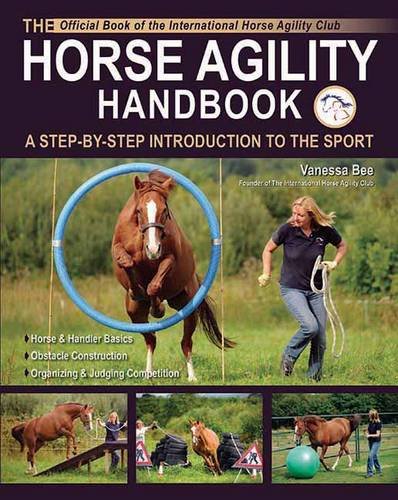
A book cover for The Horse Agility Handbook: A Step-By-Step Introduction to the Sport; Vanessa Bee; Crafts, Hobbies & Home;